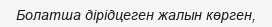
Болатша дірідцеген жалын көрген,